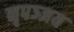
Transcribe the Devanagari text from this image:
नृपञ्जय